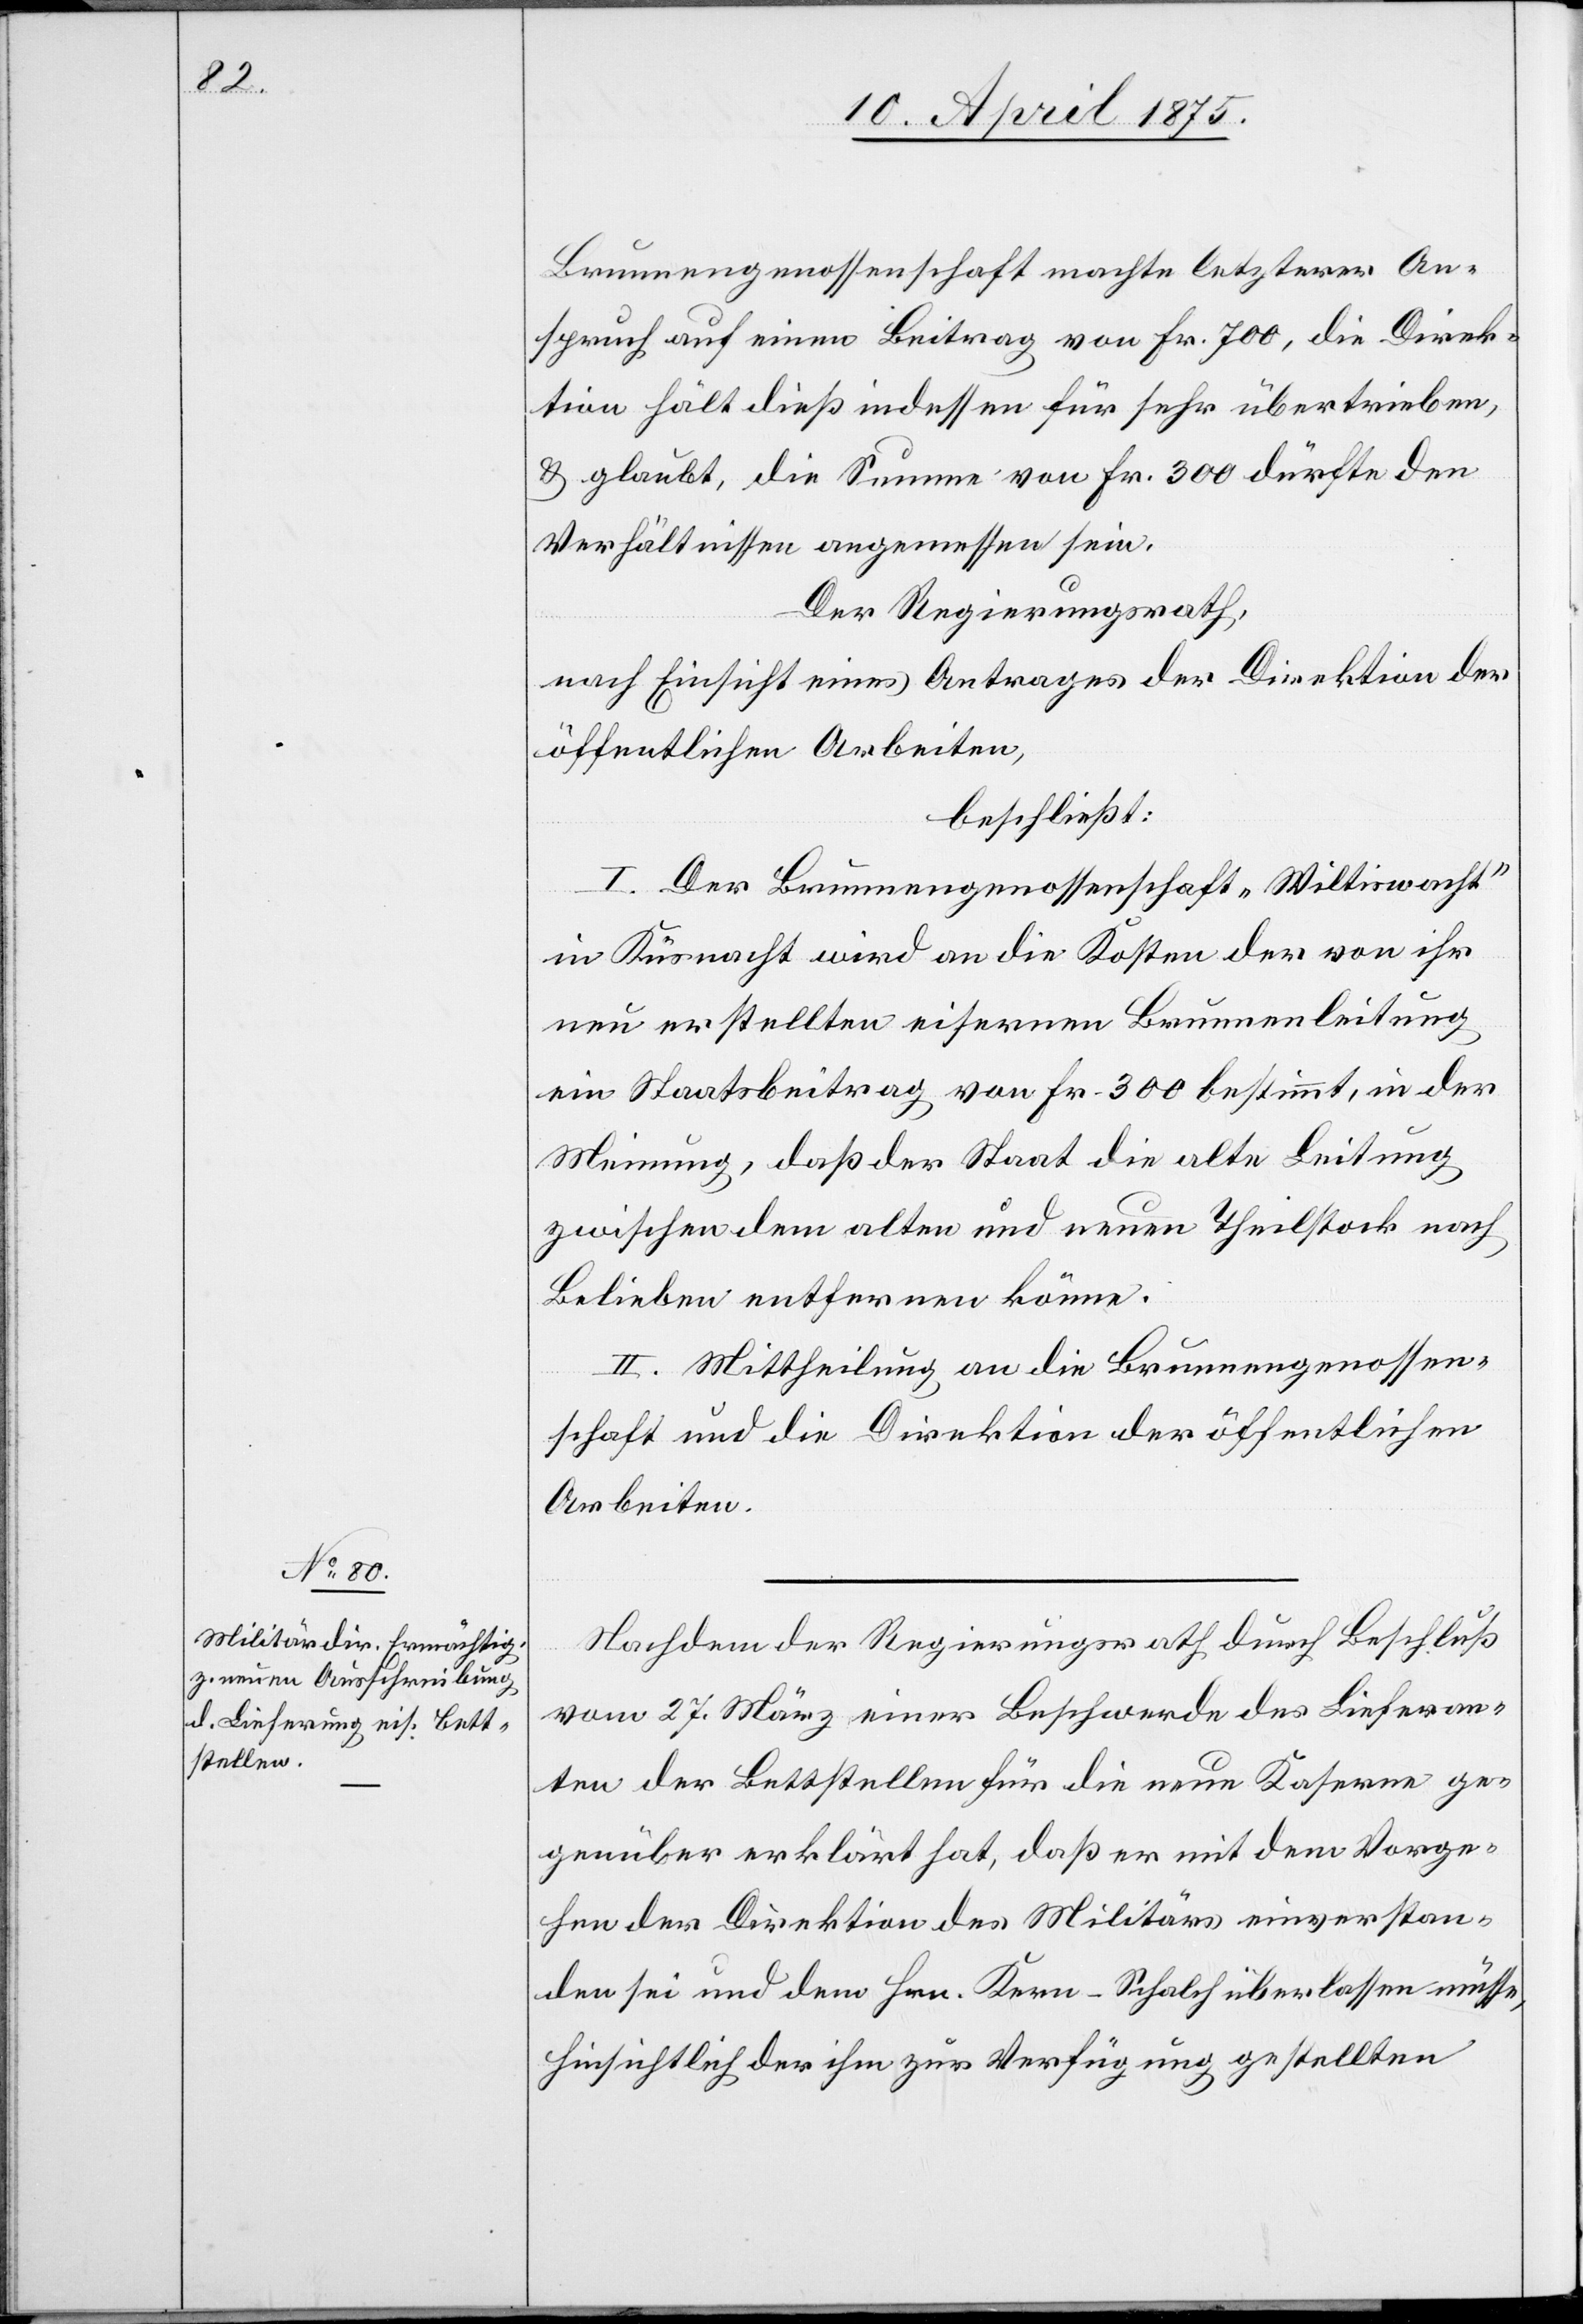
Brunnengenossenschaft machte letzterer An¬
spruch auf einen Beitrag von Fr. 700, die Direk¬
tion hält dieß indessen für sehr übertrieben,
& glaubt, die Summe von Fr. 300 dürfte den
Verhältnissen angemessen sein.
Der Regierungsrath,
nach Einsicht eines Antrages der Direktion der
öffentlichen Arbeiten,
beschließt:
I. Der Brunnengenossenschaft „Wiltiswacht“
in Küsnacht wird an die Kosten der von ihr
neu erstellten eisernen Brunnenleitung
ein Staatsbeitrag von Fr. 300 bestimmt, in der
Meinung, daß der Staat die alte Leitung
zwischen dem alten und neuen Theilstock nach
Belieben entfernen könne.
II. Mittheilung an die Brunnengenossen¬
schaft und die Direktion der öffentlichen
Arbeiten.
Nachdem der Regierungsrath durch Beschluß
vom 27. März einer Beschwerde des Lieferan¬
ten der Bettstellen für die neue Kaserne ge¬
genüber erklärt hat, daß er mit dem Vorge¬
hen der Direktion des Militärs einverstan¬
den sei und dem Hrn. Kern-Schalch überlassen müsse,
hinsichtlich der ihm zur Verfügung gestellten